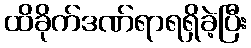
ထိခိုက်ဒဏ်ရာရရှိခဲ့ပြီး